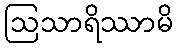
ဩသာရိဿာမိ